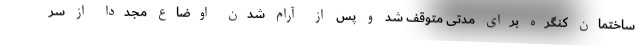
ساختمان کنگره برای مدتی متوقف شد و پس از آرام شدن اوضاع مجددا از سر